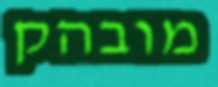
מובהק